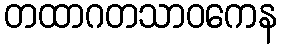
တထာဂတသာဝကေန